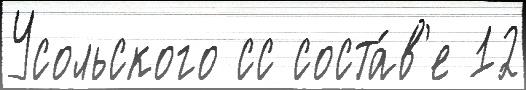
Усольского сс соста́в'е 12